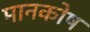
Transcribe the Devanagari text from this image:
मानकोष